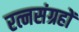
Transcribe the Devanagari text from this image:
रत्नसंग्रहों